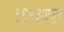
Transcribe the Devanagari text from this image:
१९५३पासून